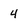
Character: 4